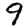
Digit: 9